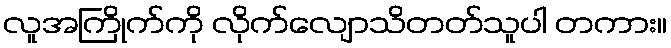
လူအကြိုက်ကို လိုက်လျောသိတတ်သူပါ တကား။